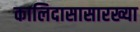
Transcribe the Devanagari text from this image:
कालिदासासारख्या